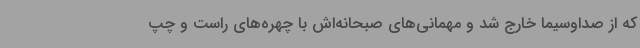
که از صداوسیما خارج شد و مهمانی‌های صبحانه‌اش با چهره‌های راست و چپ